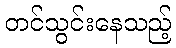
တင်သွင်းနေသည့်